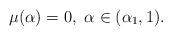
LaTeX: \begin{align*}\mu(\alpha)=0,\ \alpha \in (\alpha_1,1).\end{align*}